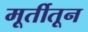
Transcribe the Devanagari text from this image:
मूर्तीतून